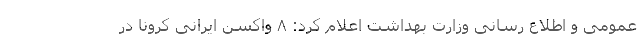
عمومی و اطلاع رسانی وزارت بهداشت اعلام کرد: ۸ واکسن ایرانی کرونا در